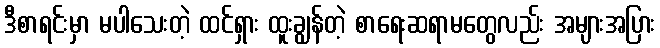
ဒီစာရင်းမှာ မပါသေးတဲ့ ထင်ရှား ထူးချွန်တဲ့ စာရေးဆရာမတွေလည်း အများအပြား